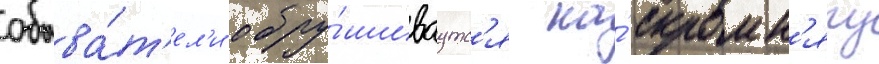
обыва́т'ел'и обру́шиваутс'я на́ скромн'ягу